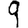
Digit: 9